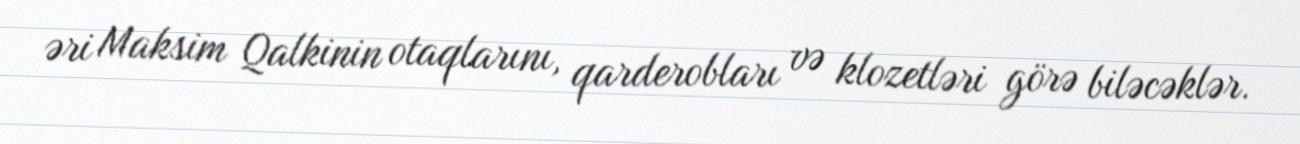
əri Maksim Qalkinin otaqlarını, qarderobları və klozetləri görə biləcəklər.